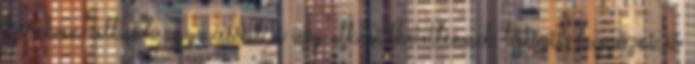
harcban állnak egymással, s így elkerülhetetlennek látszik legyőzni és